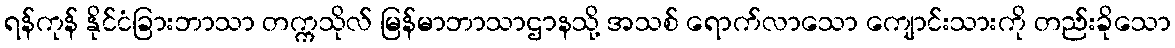
ရန်ကုန် နိုင်ငံခြားဘာသာ တက္ကသိုလ် မြန်မာဘာသာဌာနသို့ အသစ် ရောက်လာသော ကျောင်းသားကို တည်းခိုသော